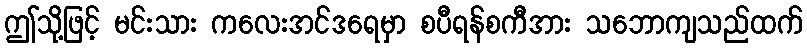
ဤသို့ဖြင့် မင်းသား ကလေးအင်ဒရေမှာ စပီရန်စကီအား သဘောကျသည်ထက်